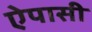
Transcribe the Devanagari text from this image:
ऐपासी